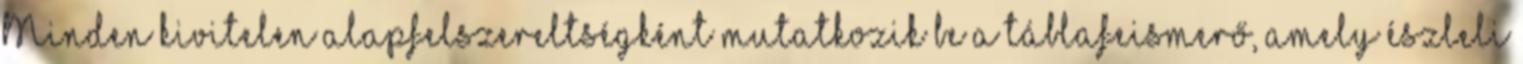
Minden kivitelen alapfelszereltségként mutatkozik be a táblafeismerő, amely észleli